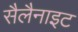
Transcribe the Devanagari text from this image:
सैलैनाइट